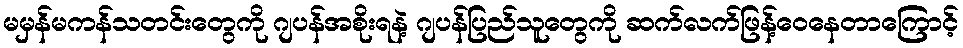
မမှန်မကန်သတင်းတွေကို ဂျပန်အစိုးရနဲ့ ဂျပန်ပြည်သူတွေကို ဆက်လက်ဖြန့်ဝေနေတာကြောင့်